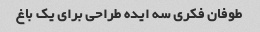
طوفان فکری سه ایده طراحی برای یک باغ